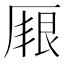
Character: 𠪏